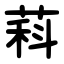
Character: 萪